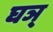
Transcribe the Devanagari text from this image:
घञ्‌